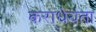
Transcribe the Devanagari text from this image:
कराधेयता